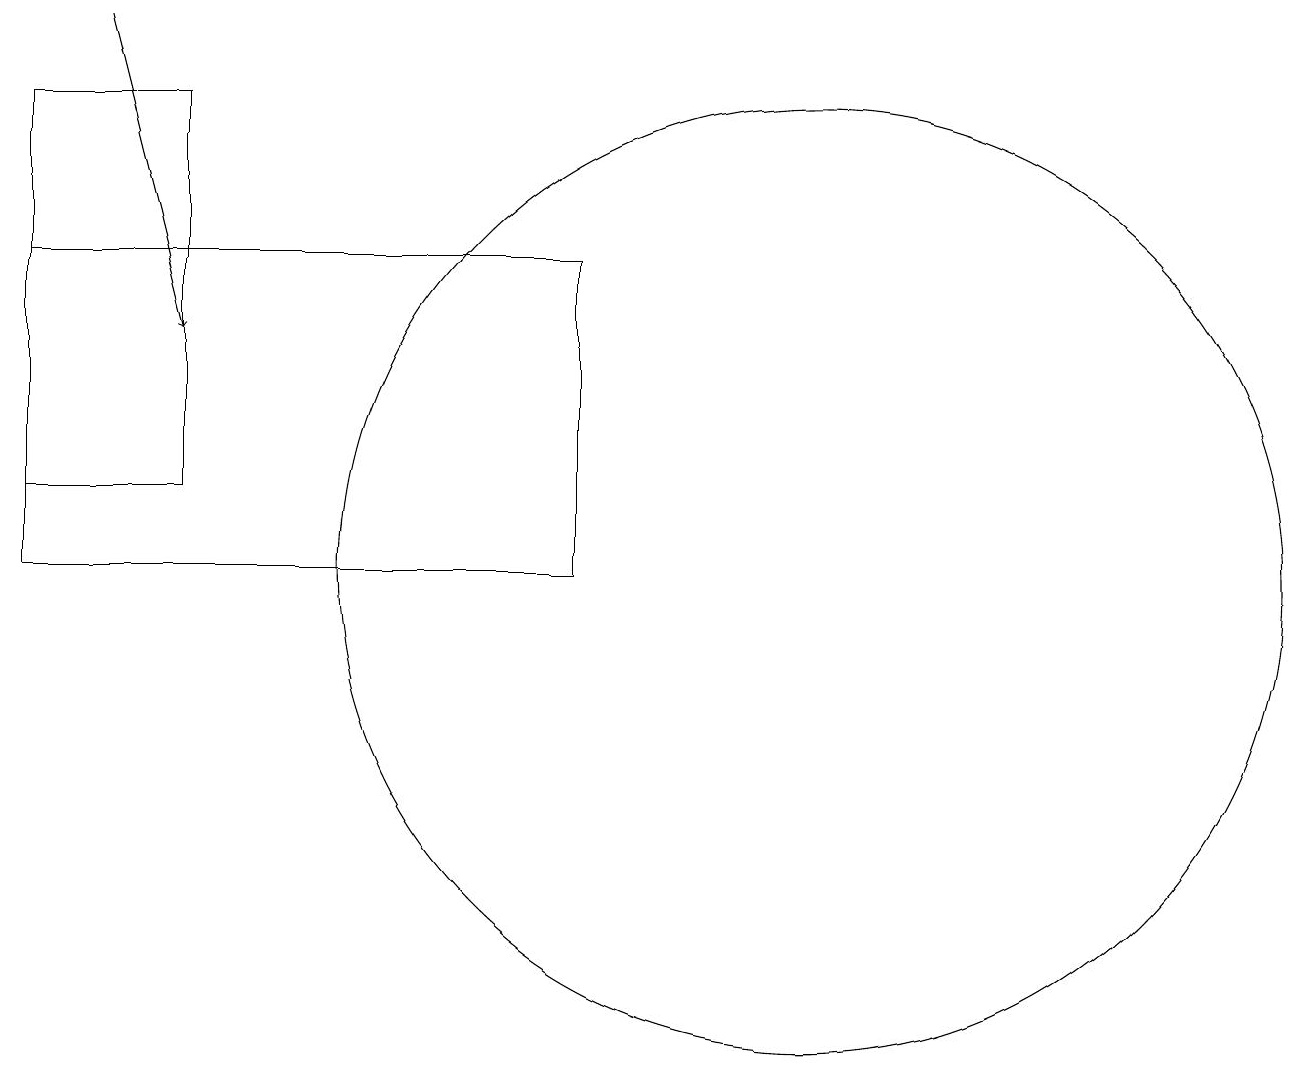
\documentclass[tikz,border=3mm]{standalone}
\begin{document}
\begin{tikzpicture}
\draw[->] (1,18) -- (2,14);
\draw (0,11) rectangle (7,15);
\draw (0,12) rectangle (2,17);
\draw (10,11) circle (6);
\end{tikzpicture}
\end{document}